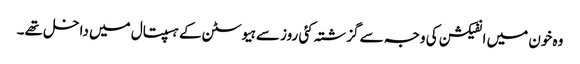
وہ خون میں انفیکشن کی وجہ سے گزشتہ کئی روز سے ہیوسٹن کے ہسپتال میں داخل تھے۔